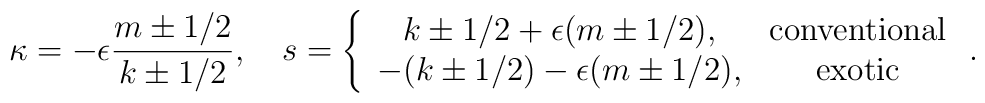
\kappa=-\epsilon\frac{m\pm 1/2}{k\pm 1/2},\quad s=\left\{\begin{array}{cc}k\pm 1/2+\epsilon (m\pm 1/2),&{\rm conventional}\\- (k\pm 1/2)-\epsilon (m\pm 1/2),&{\rm exotic}\end{array}\right. .